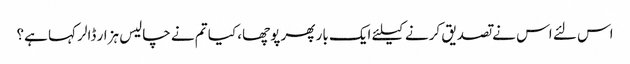
اس لئے اس نے تصدیق کرنے کیلئے ایک بار پھر پوچھا، کیا تم نے چالیس ہزار ڈالر کہا ہے؟